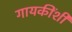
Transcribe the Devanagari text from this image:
गायकींशी